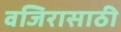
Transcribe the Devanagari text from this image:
वजिरासाठी